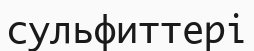
сульфиттері